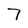
Character: 7